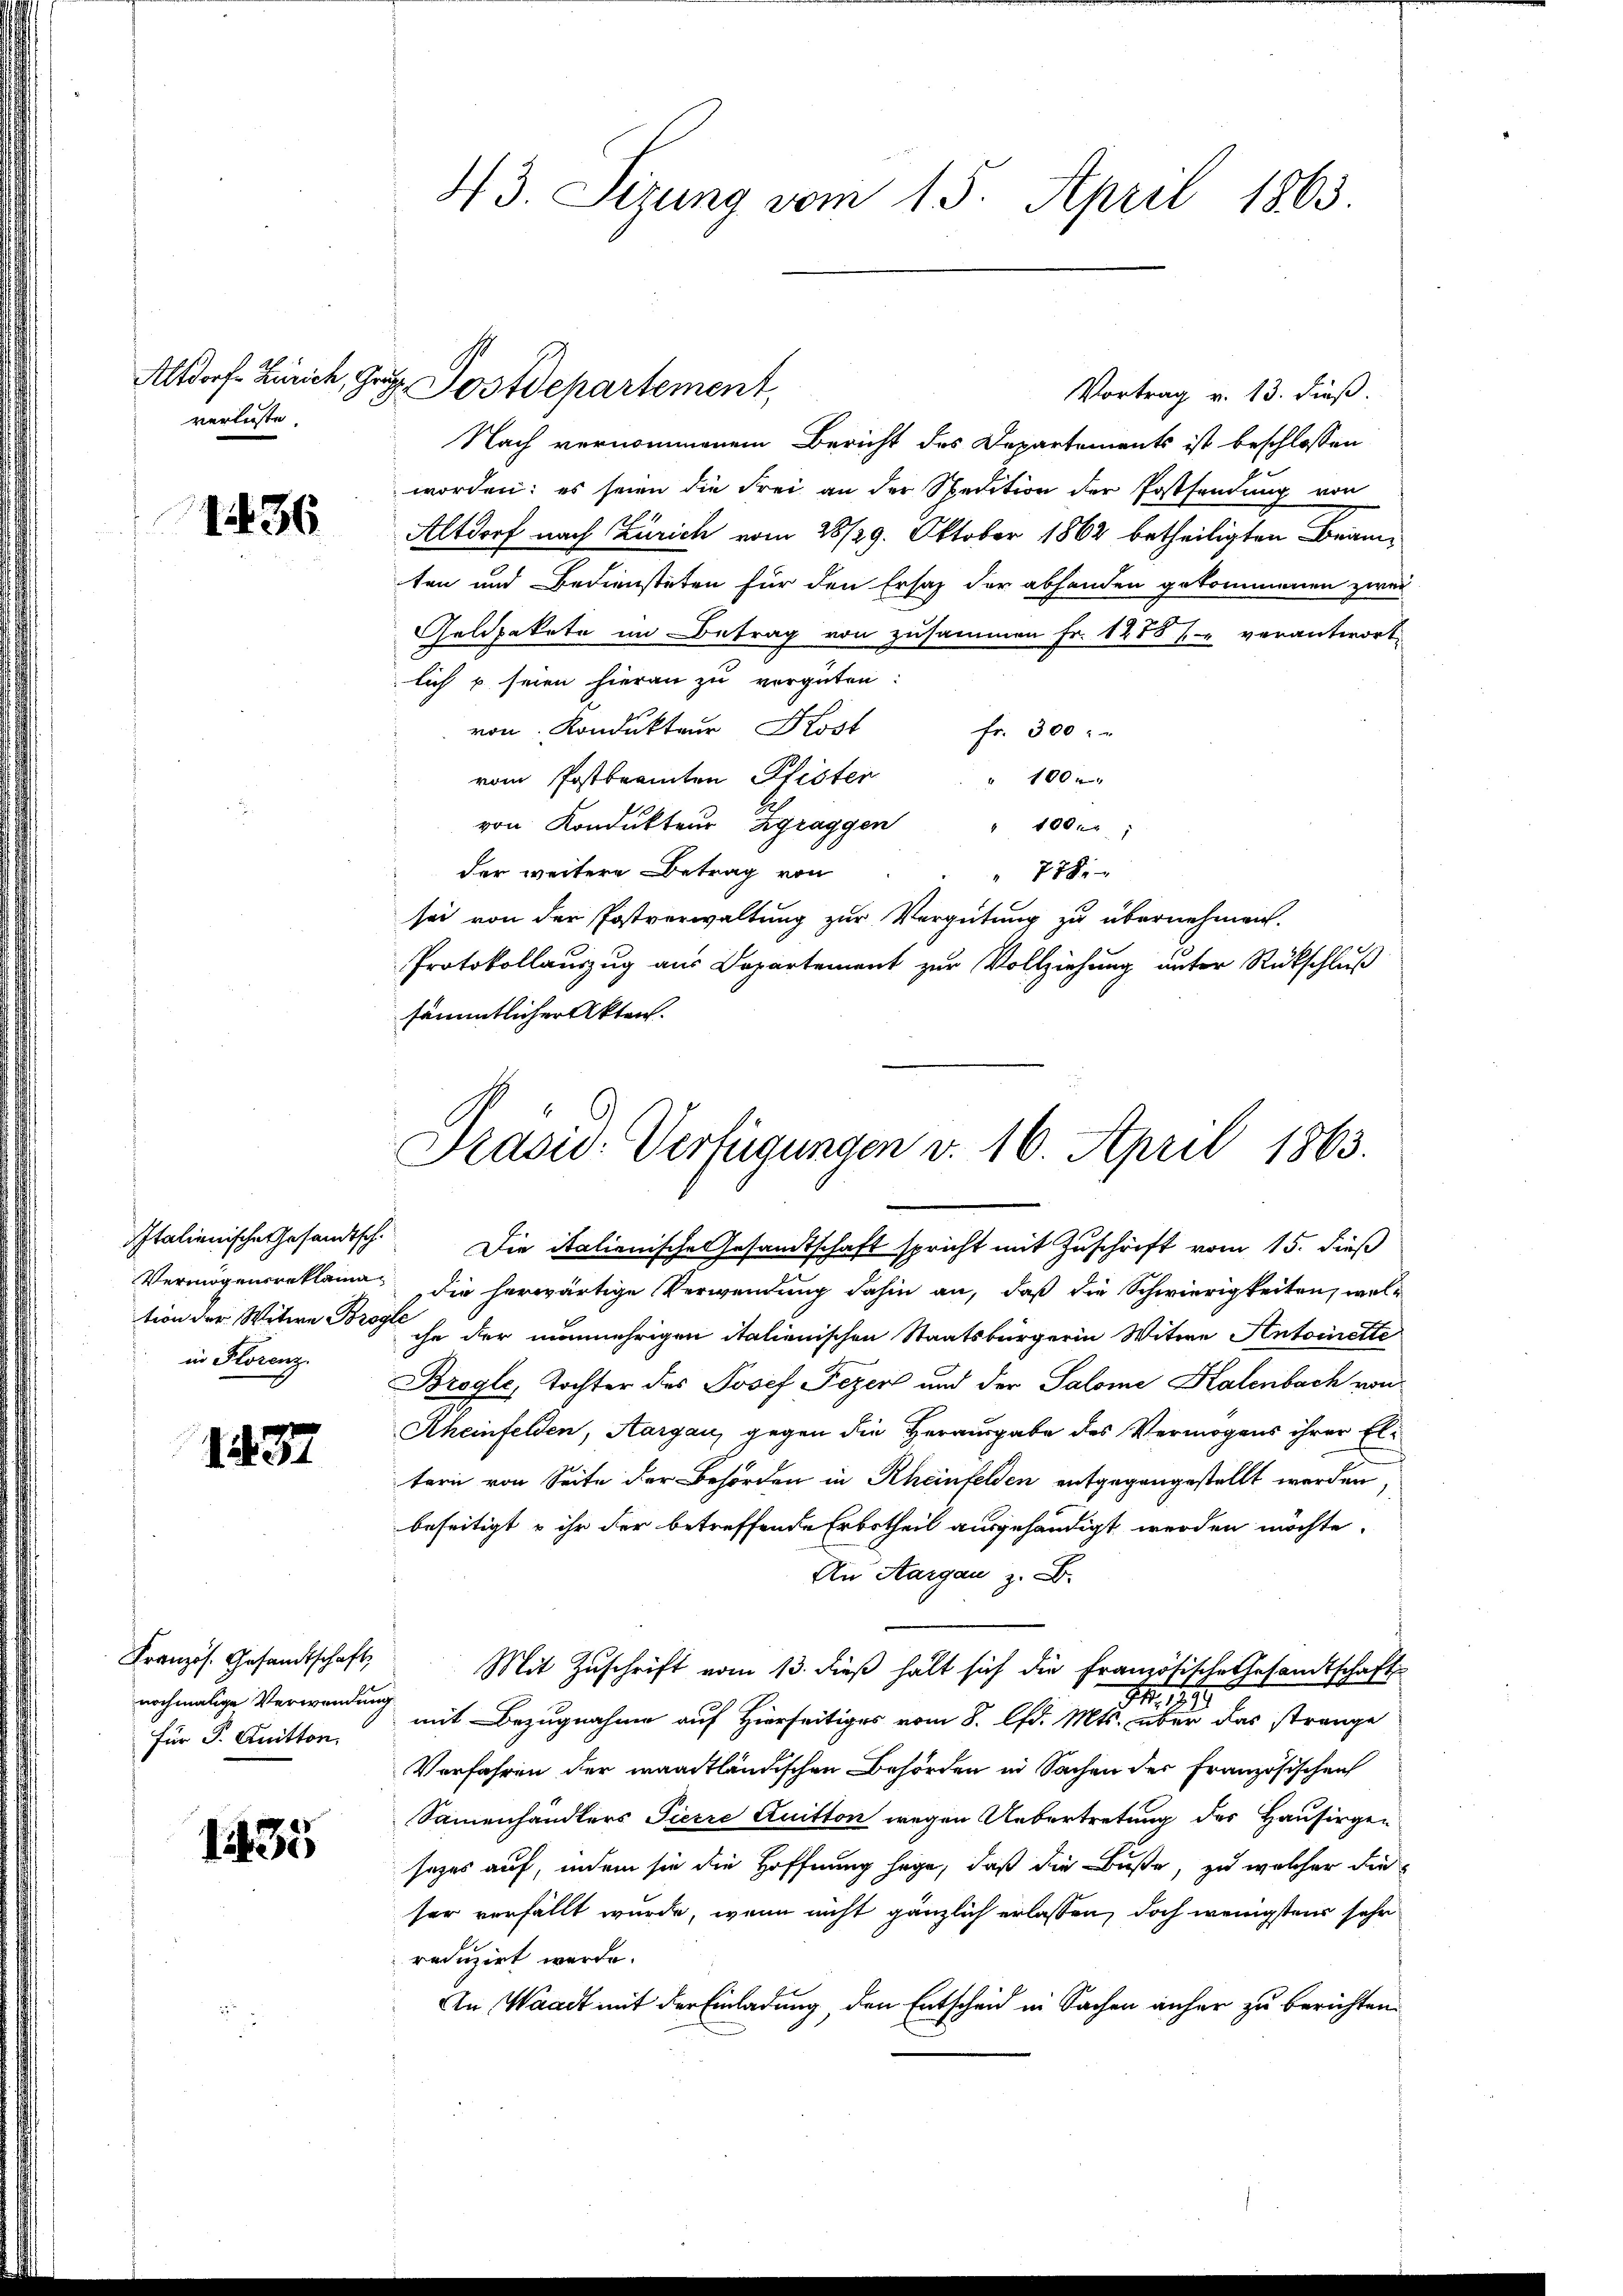
verlüste.
1436

in Florenz.

1437

Französ. Gesandtschaft,
nochmalige Verwendung
Für P. Quitton.

135

Vortrag v. 13. dieß.
Nach vernommenem Bericht des Departements ist beschlossen
worden; es seien die Frei an der Spedition der Postsendung von
Altdorf nach Zürich vom 28/29. Oktober 1862 betheiligten Beamten und Bediensteten für den Ersatz der abhanden gekommenen zwei
Geldpakete im Betrag von zusammen Fr. 1285 / verantwort
lich u seien hieran zu vergüten:
von Kondukteur Kost
fr. 300 : "
vom Postbeamten Pfisten
" 1000
von Kondukteŭr Zgraggen " 100.
der weitere Betrag von
 778.
sei von der Postverwaltung zur Vergütung zu übernehmen.
Protokollauszug aus Departement zur Vollziehung unter Rückschluß
sämmtlicher Akten.

43. Sizung vom 15. April 1865.

Altdorf. Zürich, Gr. Postdepartement,

Prasis. Verfügungen v. 16. April 1863.

Italienische Gesandtsch. Die italienische Gesamtschaft spricht mit Zuschrift vom 15. dieß
Vermögensreklama die herwärtige Verwendung dahin an, daß die Schwierigkeiten, weltion der Witwe Brose ihn der nunmehrigen italienischen Staatsbürgerin Witwe Antoinette
Brogle, Tochter des Josef Pezen und der Salome Kalenbach von
Aheinfelden, Aargau, gegen die Herausgabe des Vermögens ihrer Eltern von Seite der Behörden in Rheinfelden entgegengestellt werden,
beseitigt u ihr der betreffende Erbetheil ausgehändigt werden möchte.
An Aargau z. B.
Mit Zuschrift vom 13. dieß hält sich die Französische Gesandtschaft
I, 18
mit Bezugnahme auf Hierseitiges vom 8. lfd. Mts. über das strange
Verfahren der waadtländischen Behörden in Sachen der Französischen
Sammenhändlers Pierre Quitton wegen Uebertretung des Hausirgen
sezes auf, indem sie die Hoffnung hege, daß die Buße, zu welcher die
ser verfällt wurde, wenn nicht gänzlich erlassen, doch wenigstens sehr
reduzirt werde.
An Waadt mit der Einladung, den Entscheid in Sachen anher zu berichten.